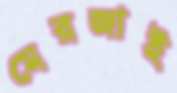
মেরজাই